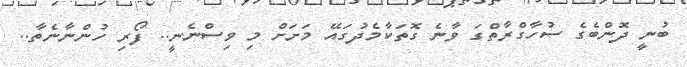
ބުނީ ދޮންބެގެ ސުހާގްރާތްގަ ވާނެ ގޮތަކާމެދުގައޭ މަށަށް މި ވިސްނެނީ.. ފޯރި ހުންނާނެތާ..